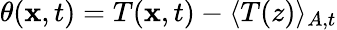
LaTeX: \theta(\textbf{x},t)=T(\textbf{x},t)-\langle T(z)\rangle_{A,t}